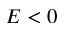
E < 0